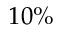
1 0 \%